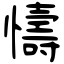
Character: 懤